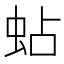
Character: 蛅